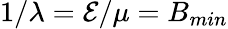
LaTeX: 1/\lambda=\mathcal{E}/\mu=B_{min}